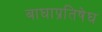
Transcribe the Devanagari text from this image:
बाघाप्रतिषेघ